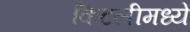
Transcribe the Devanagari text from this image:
किटलीमध्ये